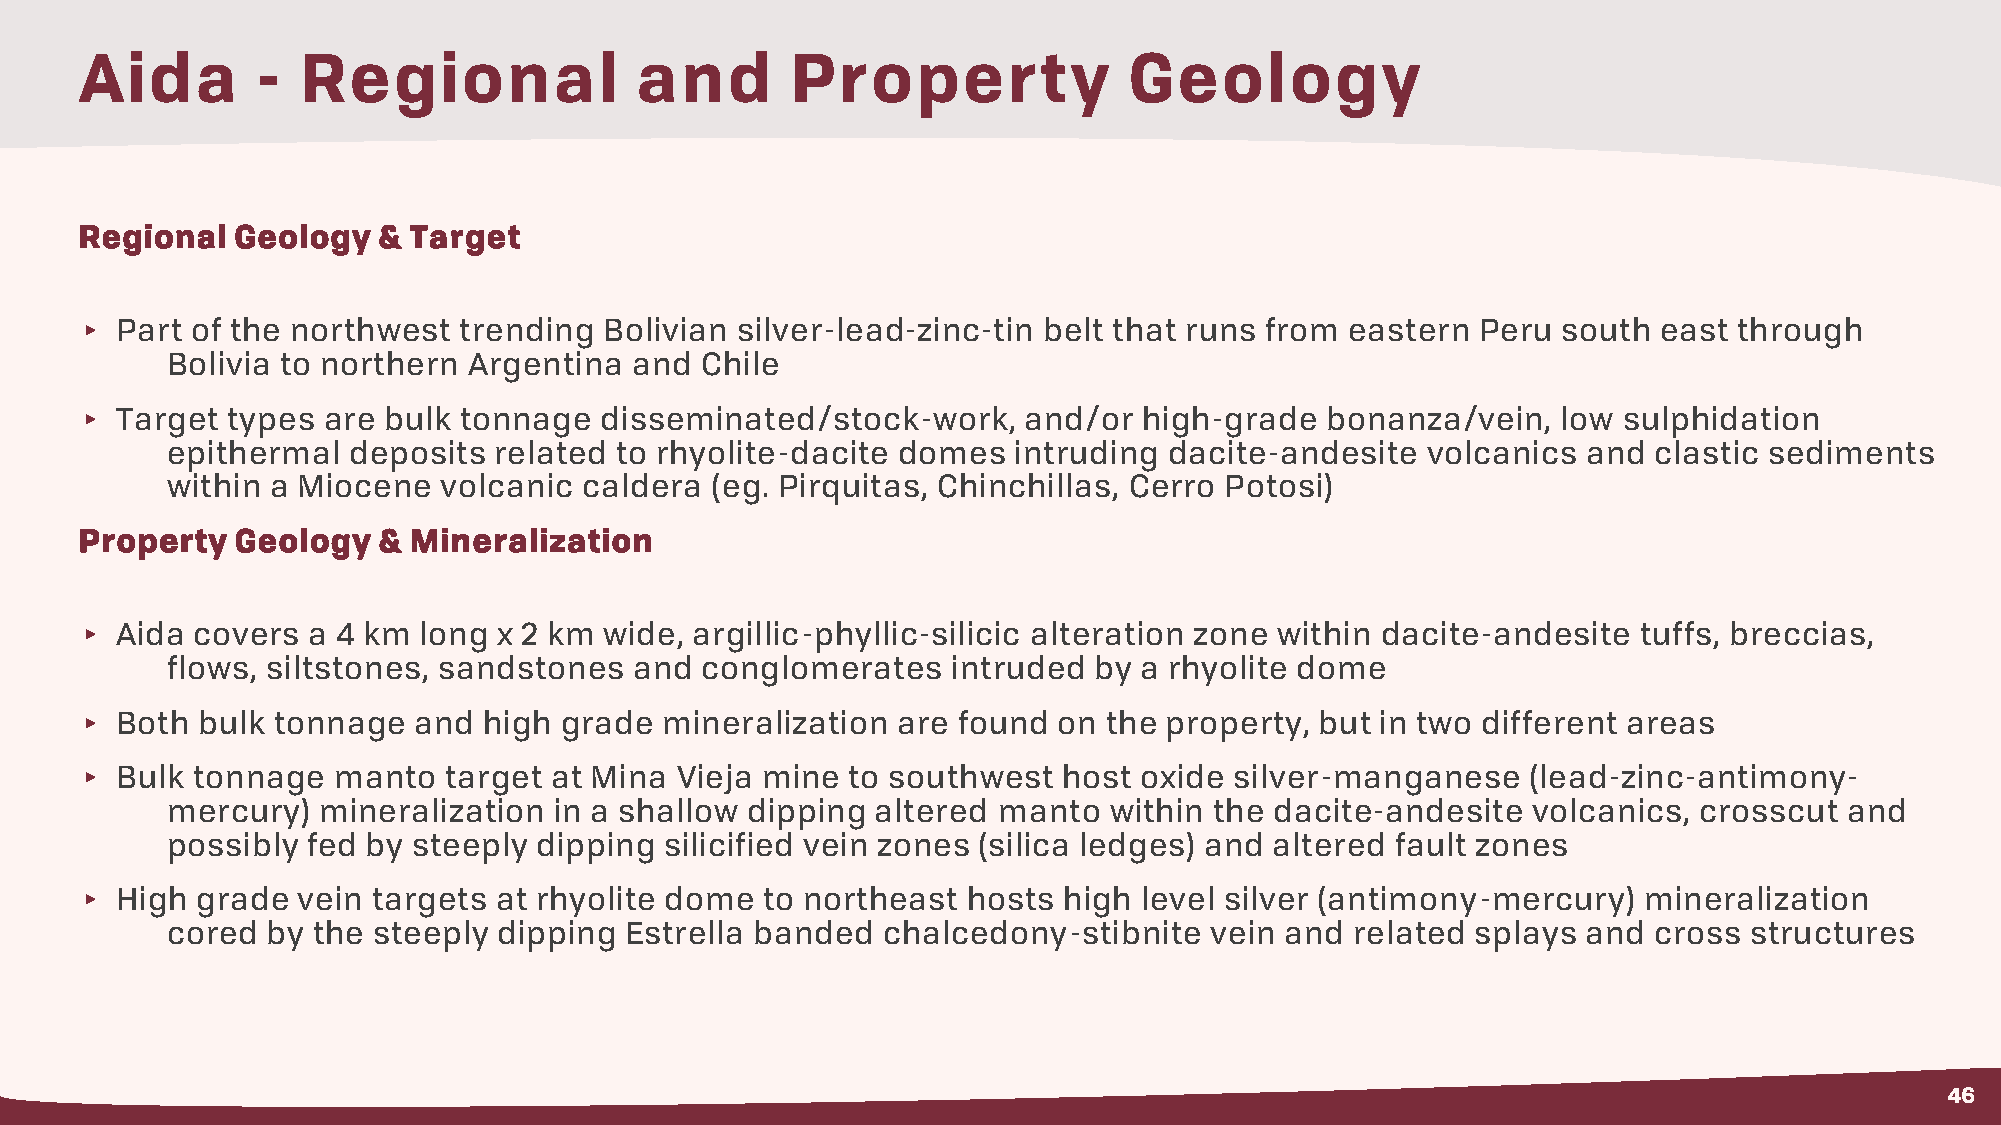
Aida        -  Regional              and       Property               Geology
 Regional  Geology   & Target
 ▸  Part of the northwest trending  Bolivian silver-lead-zinc-tin belt that runs from eastern Peru south  east through
 Bolivia to northern Argentina  and Chile
 ▸  Target types are bulk tonnage   disseminated/stock-work,    and/or  high-grade  bonanza/vein,  low sulphidation
 epithermal  deposits  related to rhyolite-dacite domes  intruding dacite-andesite  volcanics  and clastic sediments
 within a Miocene  volcanic  caldera (eg. Pirquitas, Chinchillas, Cerro Potosi)
 Property   Geology  & Mineralization
 ▸  Aida covers a 4 km  long x 2 km wide, argillic-phyllic-silicic alteration zone within dacite-andesite tuffs, breccias,
 flows, siltstones, sandstones  and conglomerates    intruded by a rhyolite dome
 ▸  Both bulk tonnage  and  high grade  mineralization are found  on the property, but in two different areas
 ▸  Bulk tonnage  manto  target at Mina  Vieja mine to southwest  host oxide  silver-manganese   (lead-zinc-antimony-
 mercury)  mineralization  in a shallow dipping altered manto  within the dacite-andesite  volcanics, crosscut  and
 possibly fed by steeply dipping  silicified vein zones (silica ledges) and altered fault zones
 ▸  High grade  vein targets at rhyolite dome to northeast  hosts high level silver (antimony-mercury)   mineralization
 cored  by the steeply dipping Estrella banded  chalcedony-stibnite   vein and  related splays and cross  structures
 46